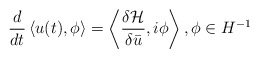
\begin{align*} \frac{d}{dt}\left \langle u(t), \phi \right \rangle = \left \langle \frac{\delta \mathcal{H}}{\delta \bar u}, i \phi \right \rangle, \phi \in H^{-1}\end{align*}